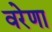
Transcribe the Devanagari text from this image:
वरेणा